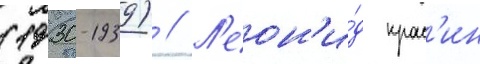
(1930-1939) // Л'еон'и́д крас'ин